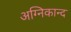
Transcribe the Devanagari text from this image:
अग्निकान्द